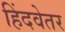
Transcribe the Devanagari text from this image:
हिंदवेतर